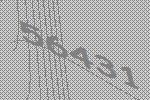
56431